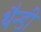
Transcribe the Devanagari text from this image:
थैन्डी